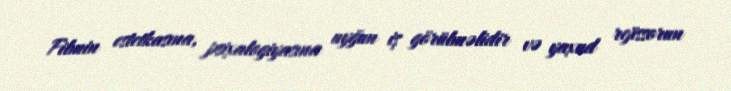
Filmin estetkasına, psixalogiyasına uyğun iş görülməlidir və yaxud rejissorun